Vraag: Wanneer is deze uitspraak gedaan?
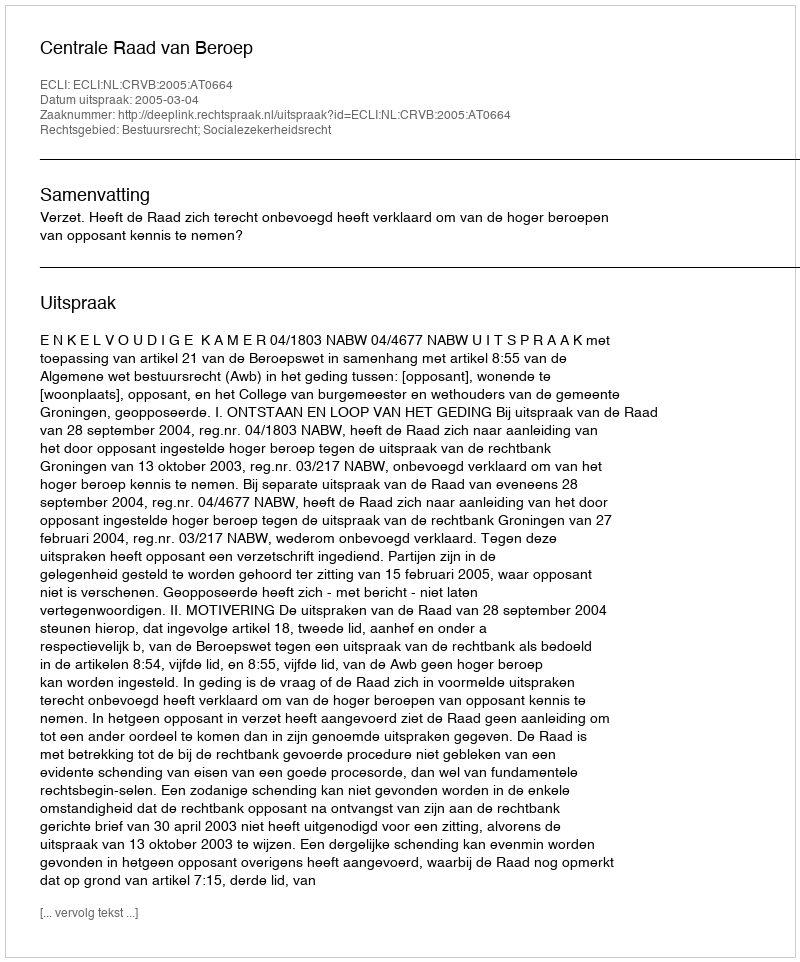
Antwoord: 2005-03-04